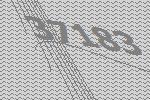
37183